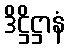
ဒိဋ္ဌိဋ္ဌာနံ